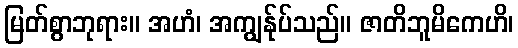
မြတ်စွာဘုရား။ အဟံ၊ အကျွန်ုပ်သည်။ ဇာတိဘူမိကေဟိ၊